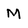
Character: M